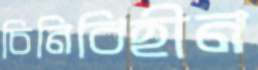
চিনিবিহীন